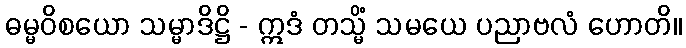
ဓမ္မဝိစယော သမ္မာဒိဋ္ဌိ - ဣဒံ တသ္မိံ သမယေ ပညာဗလံ ဟောတိ။